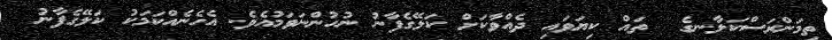
ތިމަންރަސްކަލާނގެ  ތައް ކިޔަވައި ދެއްވާކަށް ކަލޭގެފާނު ނުހުންނަވަމުއެވެ. އެހެނެއްކަމަކު ކަލޭގެފާނު